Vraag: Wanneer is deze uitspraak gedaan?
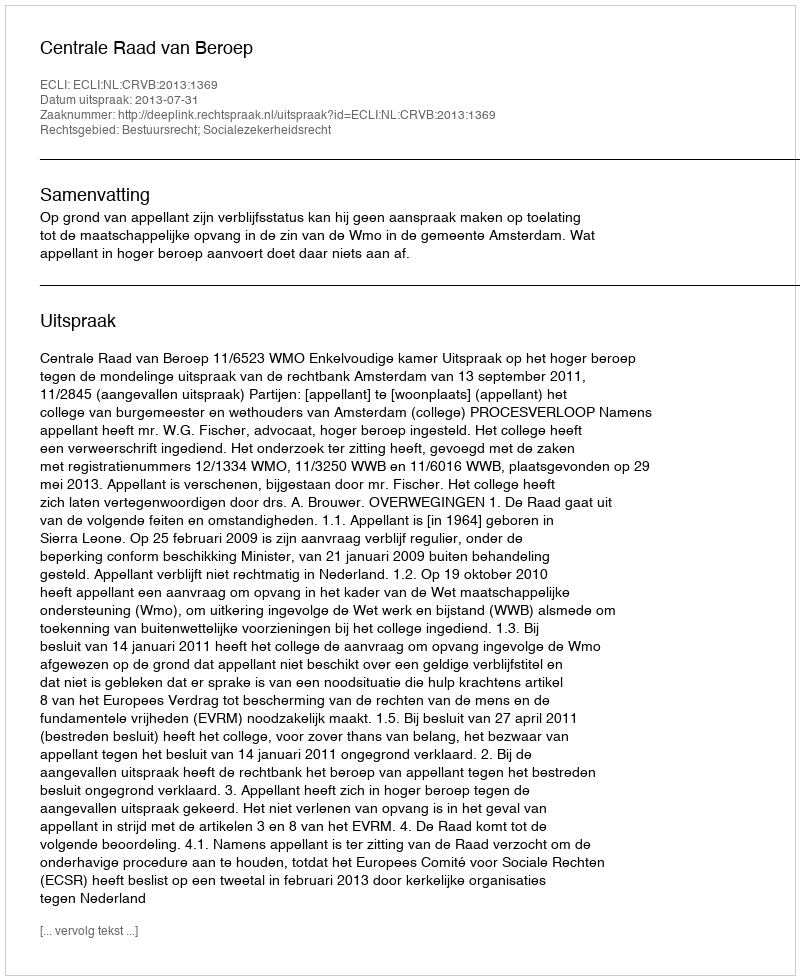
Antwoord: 2013-07-31